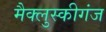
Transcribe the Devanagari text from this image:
मैक्लुस्कीगंज